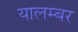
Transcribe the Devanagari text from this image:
यालम्बर